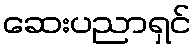
ဆေးပညာရှင်